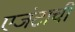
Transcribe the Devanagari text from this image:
एजंटाची